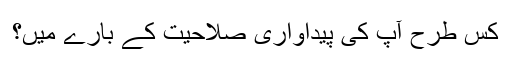
کس طرح آپ کی پیداواری صلاحیت کے بارے میں؟